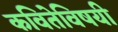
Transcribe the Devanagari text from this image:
कवितेविषयी